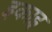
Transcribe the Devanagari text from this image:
इकाइ